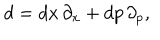
d = d x \, \partial _ { x } + d p \, \partial _ { p } ,